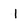
Character: I